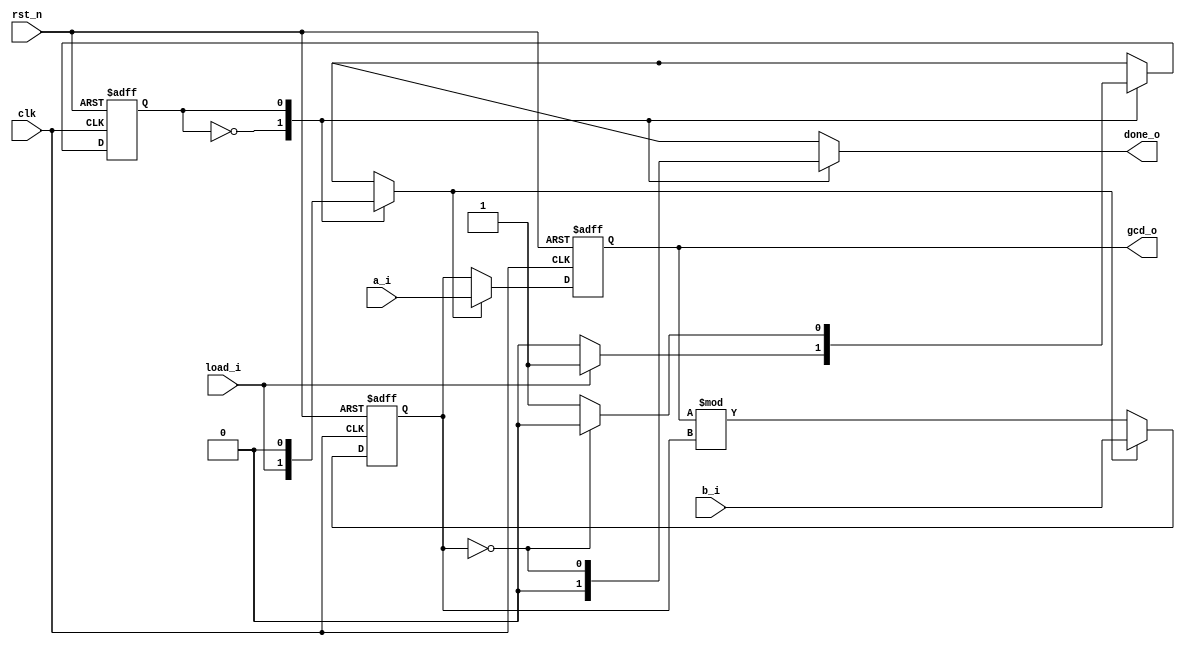
module seq_gcd (
        clk,
        rst_n,
        load_i,
        a_i,
        b_i,
        gcd_o,
        done_o
);
        input wire clk;
        input wire rst_n;
        input wire load_i;
        input wire [31:0] a_i;
        input wire [31:0] b_i;
        output wire [31:0] gcd_o;
        output reg done_o;
        reg [31:0] a_q;
        reg [31:0] b_q;
        wire [31:0] a_muxed;
        wire [31:0] b_muxed;
        reg CS;
        reg NS;
        reg load_int;
        always @(posedge clk or negedge rst_n) begin : proc_seq
                if (~rst_n) begin
                        a_q <= 0;
                        b_q <= 0;
                end
                else begin
                        a_q <= a_muxed;
                        b_q <= b_muxed;
                end
        end
        assign gcd_o = a_q;
        assign a_muxed = (load_int ? a_i : b_q);
        assign b_muxed = (load_int ? b_i : a_q % b_q);
        always @(posedge clk or negedge rst_n) begin : proc_update_state
                if (~rst_n)
                        CS <= 1'd0;
                else
                        CS <= NS;
        end
        always @(*) begin : proc_compute_NS
                load_int = 1'b0;
                done_o = 1'b0;
                case (CS)
                        1'd0: begin
                                done_o = 1'b0;
                                load_int = load_i;
                                if (load_i)
                                        NS = 1'd1;
                                else
                                        NS = 1'd0;
                        end
                        1'd1: begin
                                load_int = 1'b0;
                                done_o = b_q == 0;
                                if (b_q == 0)
                                        NS = 1'd0;
                                else
                                        NS = 1'd1;
                        end
                endcase
        end
endmodule